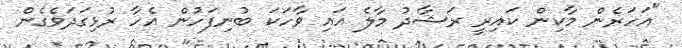
"އަހަރެން މާކިން ކައިރީ ރަޝާދު މާލެ އައި ވާހަކަ ބުނިފަހުން އެހާ ރުޅިގަދަވެގެން